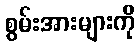
စွမ်းအားများကို